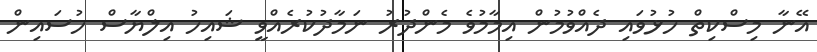
އޭނާ މިސްކިތް ހުޅުވައި ދެއްވުމުން އިމާމުވެ މެންދުރު ނަމާދުކުރެއްވީ ޝައިހު އިލްޔާސް ހުސައިން